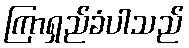
ကြာရှည်ခံပါသည်